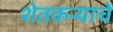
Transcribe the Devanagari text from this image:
शेतकर्‍याचे